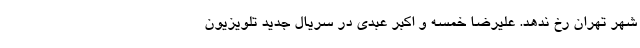
شهر تهران رخ ندهد. علیرضا خمسه و اکبر عبدی در سریال جدید تلویزیون